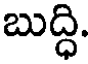
బుద్ధి.